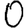
Digit: 0